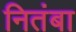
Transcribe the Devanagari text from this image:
नितंबा